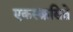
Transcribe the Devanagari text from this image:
एकस्क़सिते